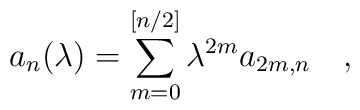
a_n(\lambda)=\sum_{m=0}^{[n/2]}\lambda^{2m}a_{2m,n}~~~,